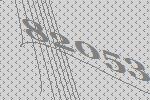
82053